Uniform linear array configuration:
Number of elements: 48
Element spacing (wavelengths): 1
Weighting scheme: hamming
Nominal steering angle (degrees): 60
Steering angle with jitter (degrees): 59.0
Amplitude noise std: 0.05
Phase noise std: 0.05

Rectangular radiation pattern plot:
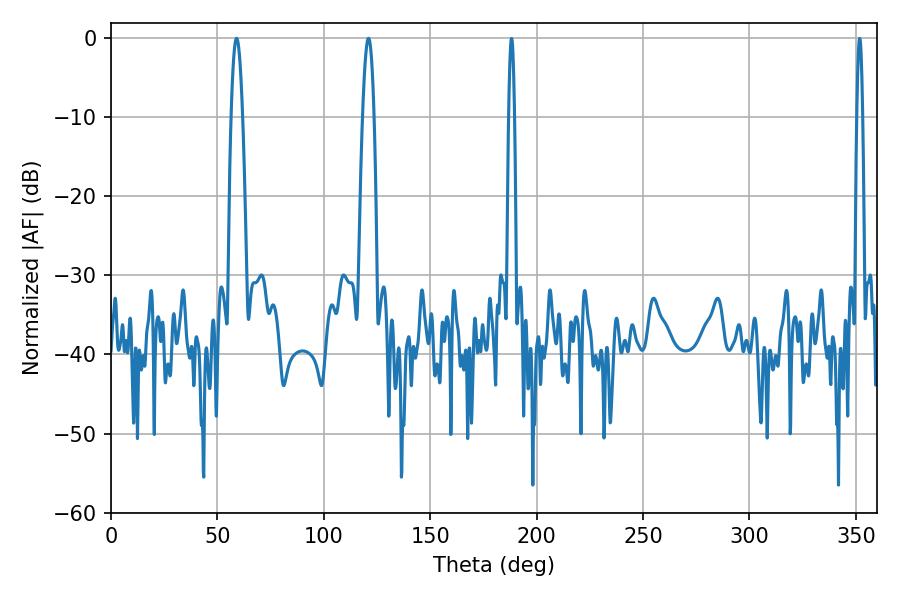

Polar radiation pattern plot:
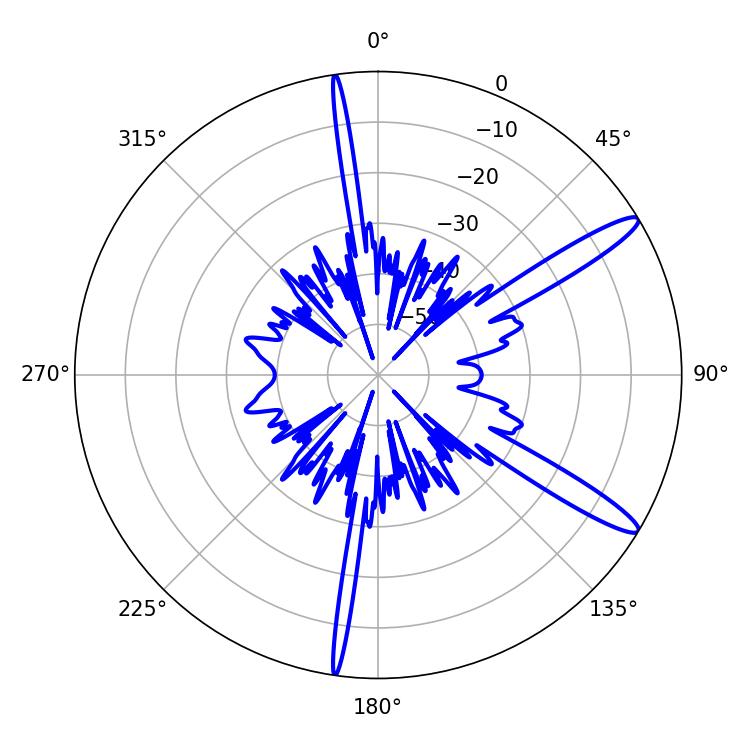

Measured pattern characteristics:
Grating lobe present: TRUE
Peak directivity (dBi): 13.532
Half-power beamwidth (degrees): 2.88
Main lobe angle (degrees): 59.04